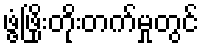
ဖွံ့ဖြိုးတိုးတက်မှုတွင်